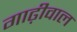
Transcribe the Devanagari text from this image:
गाढ़ीवाल